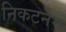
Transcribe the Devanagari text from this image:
निकटनम